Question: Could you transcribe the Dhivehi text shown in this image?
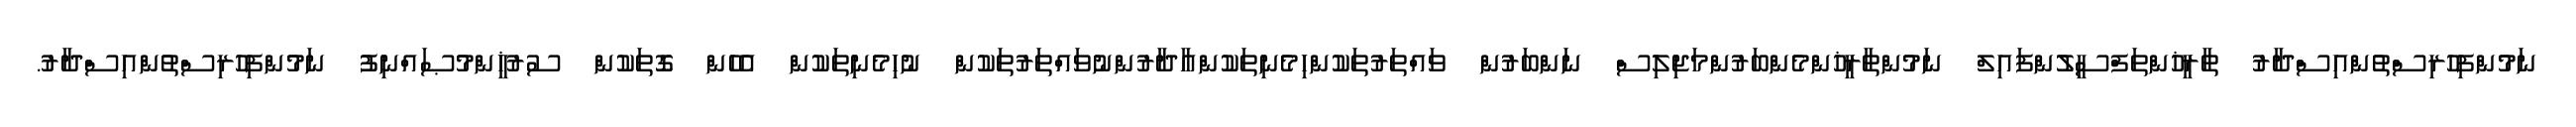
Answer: ނަމުންފިހުރިސްތުންއިސްދާރު ތާރީޚުންތަފްސީލުންފައިލް ނަމުންތާރީޚުންމެންބަރުންމަޖިލިސް ނަންބަރުން ވައްތަރުތަކުންހިމެނިތަކުންއާދާރުންނުވައްތަރުތަކުން ނުހިމެނިތަކުން އެހެން ގޮތަކުން ސުރުޚީންމުޞައްނިފު ނަމުންފިހުރިސްތުންއިސްދާރު.